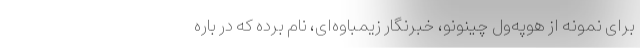
برای نمونه از هوپه‌ول چینونو، خبرنگار زیمباوه‌ای، نام برده که در باره